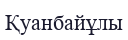
Қуанбайұлы